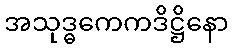
အသုဒ္ဓကေကဒိဋ္ဌိနော